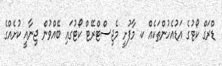
ޑްރަގް ކޯޓުގެ އަޑުއެހުންތަކެއް ކ. މާފުށީ މެޖިސްޓްރޭޓް ކޯޓުގައި ބޭއްވުން ޖިނާއީ ކުށެއްގެ